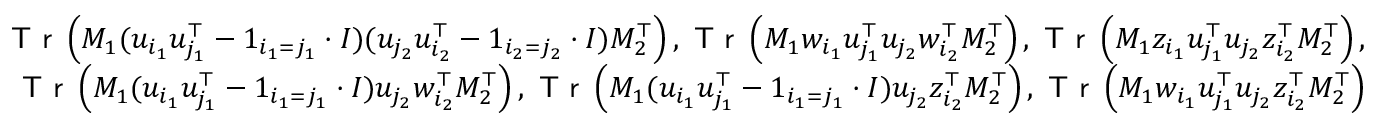
\begin{array} { r } { \textsf { T r } \left( M _ { 1 } ( u _ { i _ { 1 } } u _ { j _ { 1 } } ^ { \top } - 1 _ { i _ { 1 } = j _ { 1 } } \cdot I ) ( u _ { j _ { 2 } } u _ { i _ { 2 } } ^ { \top } - 1 _ { i _ { 2 } = j _ { 2 } } \cdot I ) M _ { 2 } ^ { \top } \right) , \textsf { T r } \left( M _ { 1 } w _ { i _ { 1 } } u _ { j _ { 1 } } ^ { \top } u _ { j _ { 2 } } w _ { i _ { 2 } } ^ { \top } M _ { 2 } ^ { \top } \right) , \textsf { T r } \left( M _ { 1 } z _ { i _ { 1 } } u _ { j _ { 1 } } ^ { \top } u _ { j _ { 2 } } z _ { i _ { 2 } } ^ { \top } M _ { 2 } ^ { \top } \right) , } \\ { \textsf { T r } \left( M _ { 1 } ( u _ { i _ { 1 } } u _ { j _ { 1 } } ^ { \top } - 1 _ { i _ { 1 } = j _ { 1 } } \cdot I ) u _ { j _ { 2 } } w _ { i _ { 2 } } ^ { \top } M _ { 2 } ^ { \top } \right) , \textsf { T r } \left( M _ { 1 } ( u _ { i _ { 1 } } u _ { j _ { 1 } } ^ { \top } - 1 _ { i _ { 1 } = j _ { 1 } } \cdot I ) u _ { j _ { 2 } } z _ { i _ { 2 } } ^ { \top } M _ { 2 } ^ { \top } \right) , \textsf { T r } \left( M _ { 1 } w _ { i _ { 1 } } u _ { j _ { 1 } } ^ { \top } u _ { j _ { 2 } } z _ { i _ { 2 } } ^ { \top } M _ { 2 } ^ { \top } \right) } \end{array}